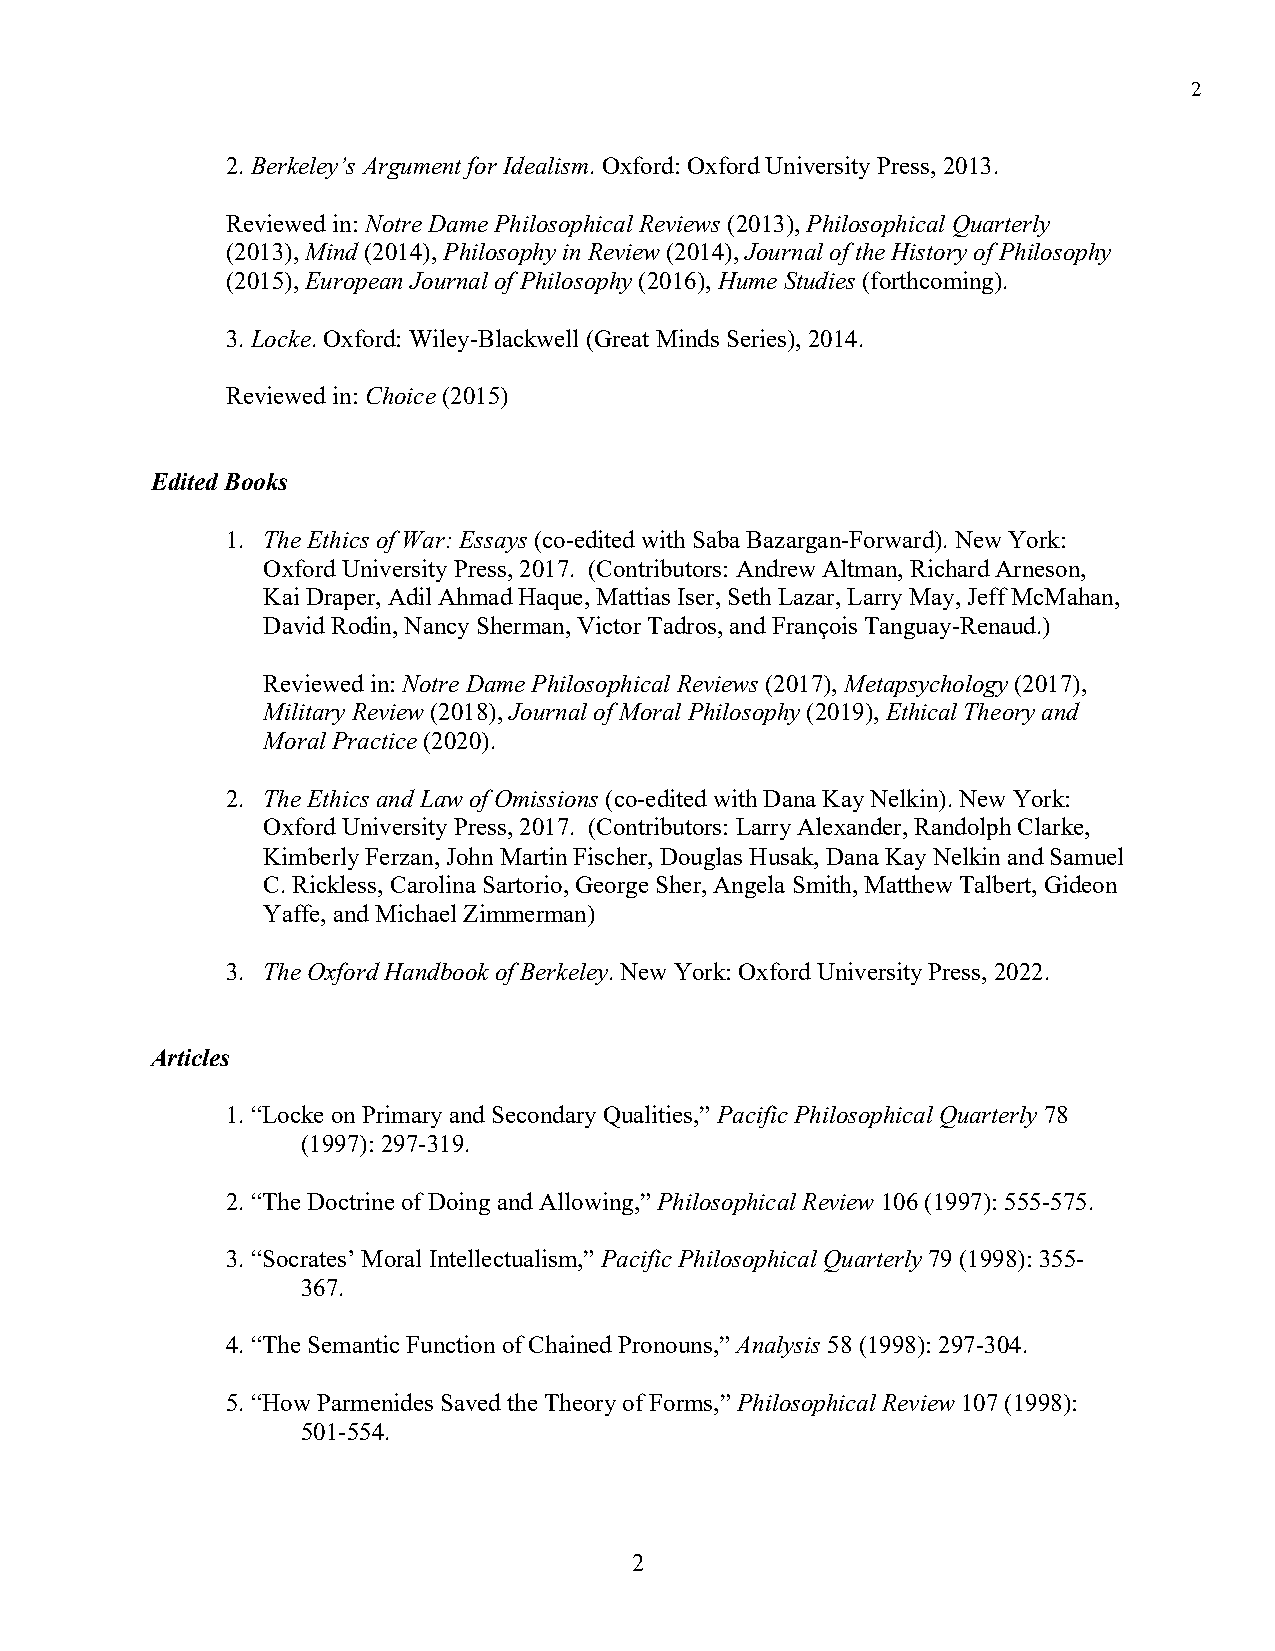
2
 2. Berkeley’s Argument for Idealism. Oxford: Oxford University Press, 2013.
 Reviewed in: Notre Dame Philosophical Reviews (2013), Philosophical Quarterly
 (2013), Mind (2014), Philosophy in Review (2014), Journal of the History of Philosophy
 (2015), European Journal of Philosophy (2016), Hume Studies (forthcoming).
 3. Locke. Oxford: Wiley-Blackwell (Great Minds Series), 2014.
 Reviewed in: Choice (2015)
 Edited Books
 1. The Ethics of War: Essays (co-edited with Saba Bazargan-Forward). New York:
 Oxford University Press, 2017. (Contributors: Andrew Altman, Richard Arneson,
 Kai Draper, Adil Ahmad Haque, Mattias Iser, Seth Lazar, Larry May, Jeff McMahan,
 David Rodin, Nancy Sherman, Victor Tadros, and François Tanguay-Renaud.)
 Reviewed in: Notre Dame Philosophical Reviews (2017), Metapsychology (2017),
 Military Review (2018), Journal of Moral Philosophy (2019), Ethical Theory and
 Moral Practice (2020).
 2. The Ethics and Law of Omissions (co-edited with Dana Kay Nelkin). New York:
 Oxford University Press, 2017. (Contributors: Larry Alexander, Randolph Clarke,
 Kimberly Ferzan, John Martin Fischer, Douglas Husak, Dana Kay Nelkin and Samuel
 C. Rickless, Carolina Sartorio, George Sher, Angela Smith, Matthew Talbert, Gideon
 Yaffe, and Michael Zimmerman)
 3. The Oxford Handbook of Berkeley. New York: Oxford University Press, 2022.
 Articles
 1. “Locke on Primary and Secondary Qualities,” Pacific Philosophical Quarterly 78
 (1997): 297-319.
 2. “The Doctrine of Doing and Allowing,” Philosophical Review 106 (1997): 555-575.
 3. “Socrates’ Moral Intellectualism,” Pacific Philosophical Quarterly 79 (1998): 355-
 367.
 4. “The Semantic Function of Chained Pronouns,” Analysis 58 (1998): 297-304.
 5. “How Parmenides Saved the Theory of Forms,” Philosophical Review 107 (1998):
 501-554.
 2